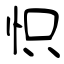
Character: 怾